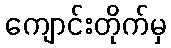
ကျောင်းတိုက်မှ